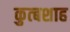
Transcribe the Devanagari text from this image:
कुत्बशाह